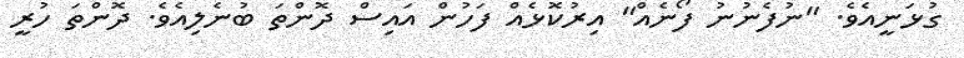
ގުޅަނީއެވެ. "ނުފެނުނު ފޯނެއް" އިރުކޮޅެއް ފަހުން އައިސް ދޮންތަ ބުނެލިއެވެ. ދޮންތަ ހުރީ